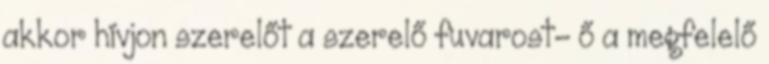
akkor hívjon szerelőt a szerelő fuvarost- ő a megfelelő